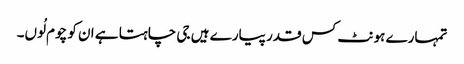
تمہارے ہونٹ کس قدر پیارے ہیں جی چاہتا ہے ان کو چوم لُوں۔